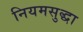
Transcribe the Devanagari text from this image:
नियमसुद्धा